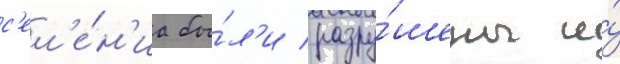
с'ел'е́н'иа бы́л'и разру́шены и́